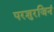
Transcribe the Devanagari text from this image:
परशुरजिनं